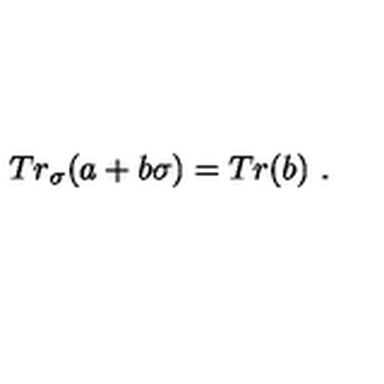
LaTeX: T r _ { \sigma } ( a + b \sigma ) = T r ( b ) \ .